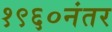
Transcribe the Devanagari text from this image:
१९६०नंतर